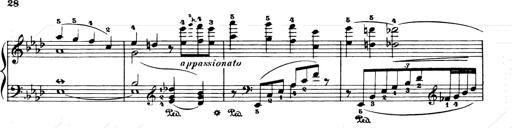
Title: Consolations and LiebestrÃ¤ume for the Piano
Composer: Franz Liszt